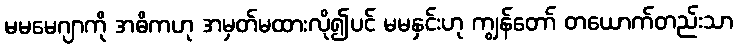
မမမေဂျာကို အဓိကဟု အမှတ်မထားလို၍ပင် မမနှင်းဟု ကျွန်တော် တယောက်တည်းသာ